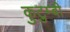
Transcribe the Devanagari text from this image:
कुटुम्बी